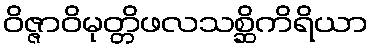
ဝိဇ္ဇာဝိမုတ္တိဖလသစ္ဆိကိရိယာ